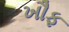
ખૌફ